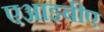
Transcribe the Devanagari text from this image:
एआइबीए